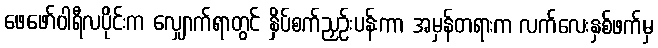
ဖေဖော်ဝါရီလပိုင်းက လျှောက်ရာတွင် နှိပ်စက်ညှဉ်းပန်းကာ အမှန်တရားက လက်လေးနှစ်ဖက်မှ